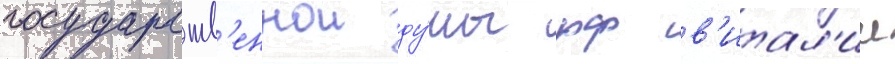
государств'еннои ду́мы рф в'итал'ии